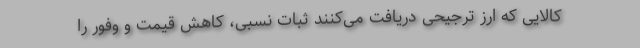
کالایی که ارز ترجیحی دریافت می‌کنند ثبات نسبی، کاهش قیمت و وفور را